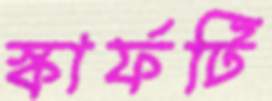
স্কার্ফটি